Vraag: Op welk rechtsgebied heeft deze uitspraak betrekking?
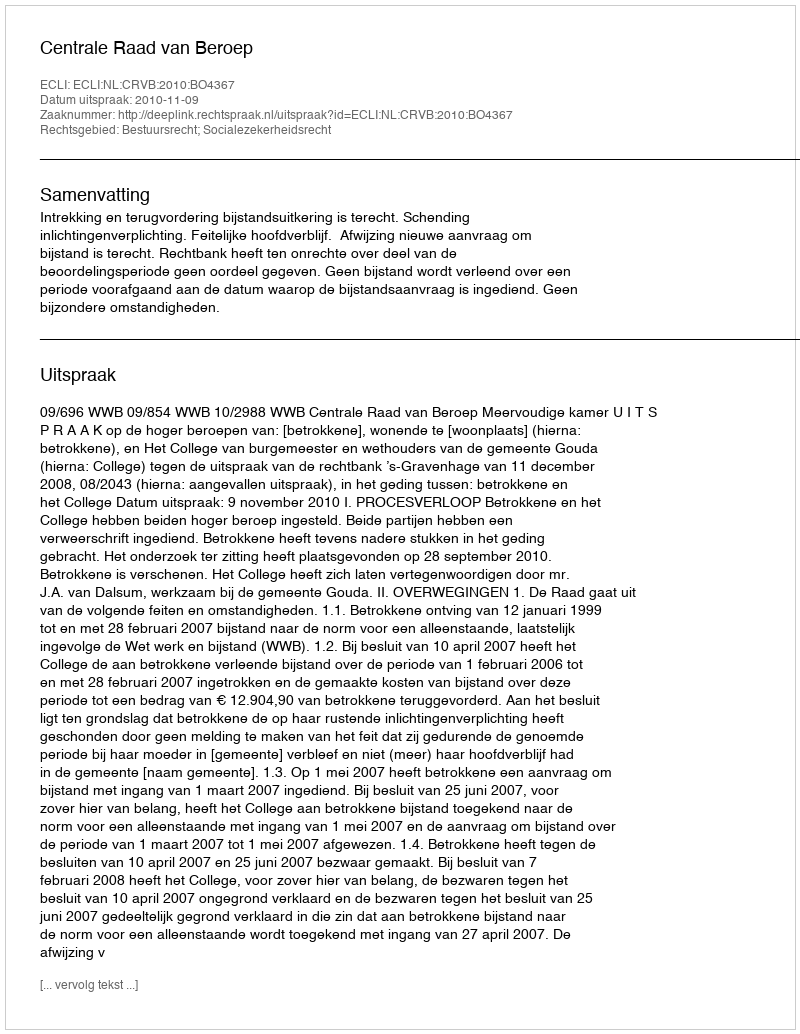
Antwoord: Bestuursrecht; Socialezekerheidsrecht